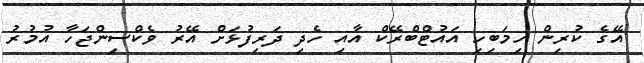
އޭގެ ކުރިން ހިމަބިހި އައުޓްބްރޭކް އާއި ހެދި ދަރިފުޅަށް އޭރު ވެކްސިންޖަހާ އުމުރު